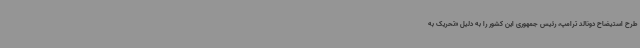
طرح استیضاح دونالد ترامپ، رئیس جمهوری این کشور را به دلیل «تحریک به